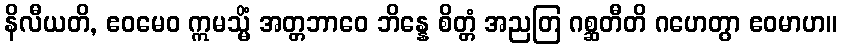
နိလီယတိ, ဧဝမေဝ ဣမသ္မိံ အတ္တဘာဝေ ဘိန္နေ စိတ္တံ အညတြ ဂစ္ဆတီတိ ဂဟေတွာ ဧဝမာဟ။